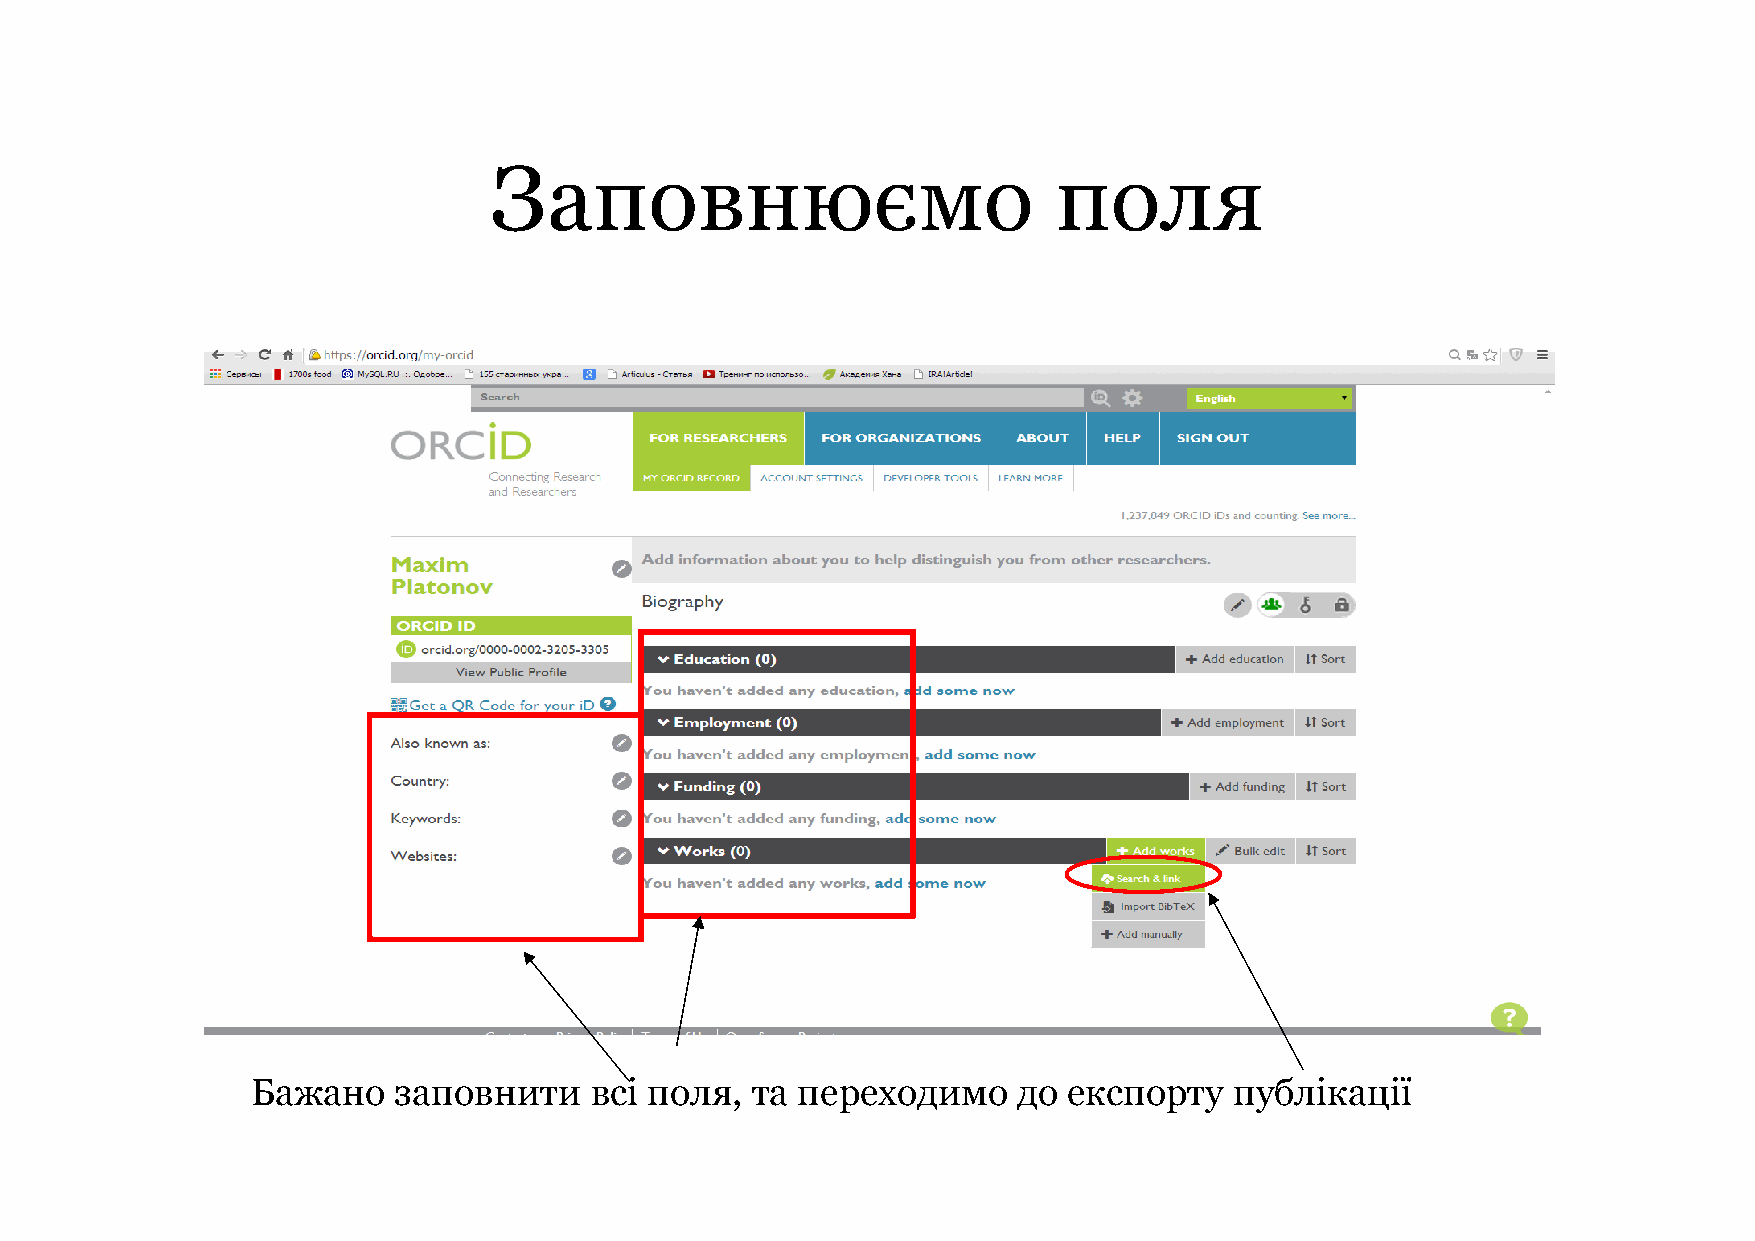
Заповнюємо                            поля
 Бажано   заповнити    всі поля,  та переходимо    до  експорту   публікації